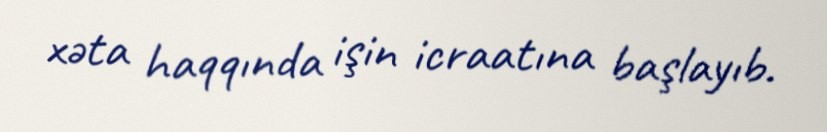
xəta haqqında işin icraatına başlayıb.